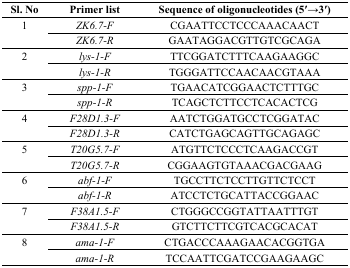
| Sl. No | Primer list | Sequence of oligonucleotides (5′→3′) |
 | --- | --- | --- |
 | <ROWSPAN=2> 1 | ZK6.7-F | CGAATTCCTCCCAAACAACT |
 | ZK6.7-R | GAATAGGACGTTGTCGCAGA |
 | <ROWSPAN=2> 2 | lys-1-F | TTCGGATCTTTCAAGAAGGC |
 | lys-1-R | TGGGATTCCAACAACGTAAA |
 | <ROWSPAN=2> 3 | spp-1-F | TGAACATCGGAACTCTTTGC |
 | spp-1-R | TCAGCTCTTCCTCACACTCG |
 | <ROWSPAN=2> 4 | F28D1.3-F | AATCTGGATGCCTCGGATAC |
 | F28D1.3-R | CATCTGAGCAGTTGCAGAGC |
 | <ROWSPAN=2> 5 | T20G5.7-F | ATGTTCTCCCTCAAGACCGT |
 | T20G5.7-R | CGGAAGTGTAAACGACGAAG |
 | <ROWSPAN=2> 6 | abf-1-F | TGCCTTCTCCTTGTTCTCCT |
 | abf-1-R | ATCCTCTGCATTACCGGAAC |
 | <ROWSPAN=2> 7 | F38A1.5-F | CTGGGCCGGTATTAATTTGT |
 | F38A1.5-R | GTCTTCTTCGTCACGCACAT |
 | <ROWSPAN=2> 8 | ama-1-F | CTGACCCAAAGAACACGGTGA |
 | ama-1-R | TCCAATTCGATCCGAAGAAGC |